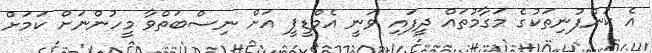
އެ ކުންފުނިތަކުގެ މަގާމުތައް ދީފައި ވަނީ އެމްޑީޕީ އަށް ނިސްބަތްވާ މީހުންނަށް ކަމަށް